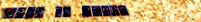
OPEN 24 HOURS